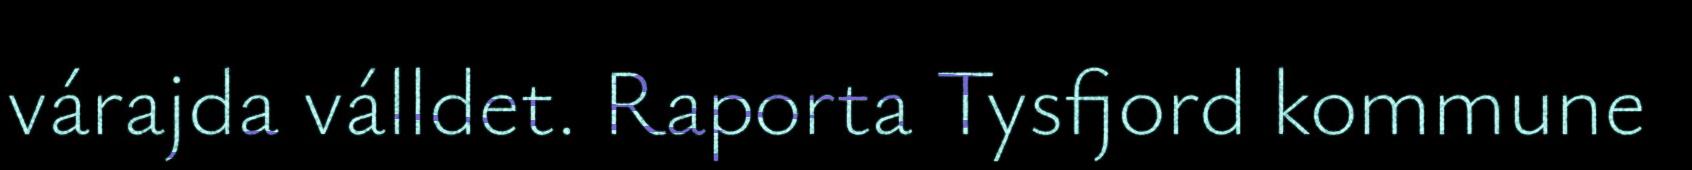
várajda válldet. Raporta Tysfjord kommune